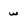
Character: w